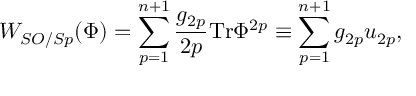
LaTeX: W _ { S O / S p } ( \Phi ) = \sum _ { p = 1 } ^ { n + 1 } \frac { g _ { 2 p } } { 2 p } \mathrm { T r } \Phi ^ { 2 p } \equiv \sum _ { p = 1 } ^ { n + 1 } g _ { 2 p } u _ { 2 p } ,